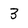
Character: 3